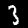
Digit: 3